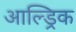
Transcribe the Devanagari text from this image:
आल्ड्रिक